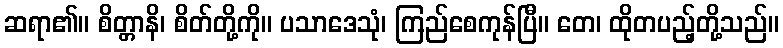
ဆရာ၏။ စိတ္တာနိ၊ စိတ်တို့ကို။ ပသာဒေသုံ၊ ကြည်စေကုန်ပြီ။ တေ၊ ထိုတပည့်တို့သည်။